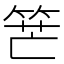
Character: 𥭶